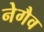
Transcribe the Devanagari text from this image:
नेगैव